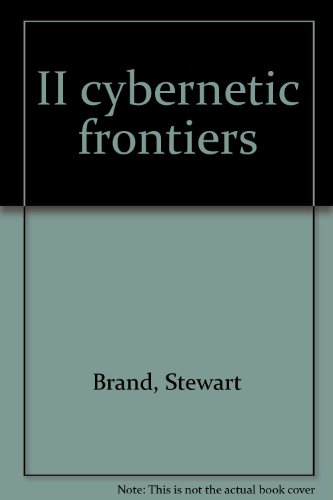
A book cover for II Cybernetic Frontiers; Stewart Brand; Computers & Technology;